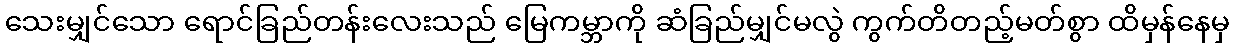
သေးမျှင်သော ရောင်ခြည်တန်းလေးသည် မြေကမ္ဘာကို ဆံခြည်မျှင်မလွဲ ကွက်တိတည့်မတ်စွာ ထိမှန်နေမှ